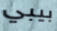
بيبي